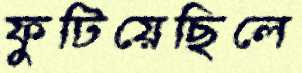
ফুটিয়েছিলে